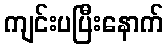
ကျင်းပပြီးနောက်